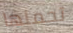
تحملها